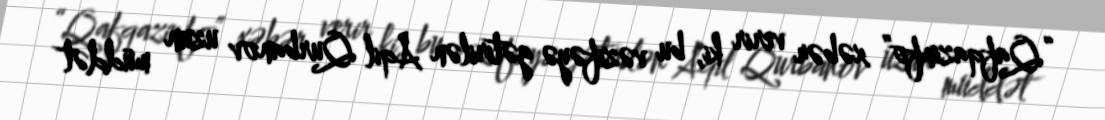
“Qafqazinfo” xəbər verir ki, bu vəzifəyə gətirilən Aqil Qurbanov uzun müddət